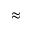
\approx